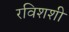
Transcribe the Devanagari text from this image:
रविशशी